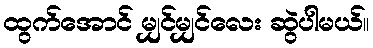
ထွက်အောင် မျှင်မျှင်လေး ဆွဲပါမယ်။